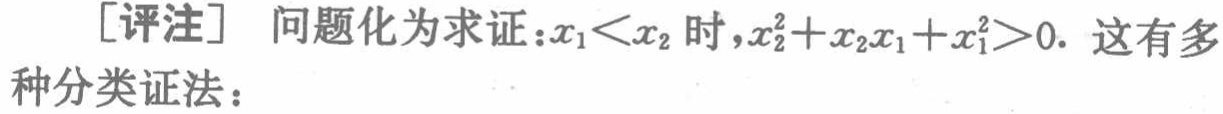
[评注] 问题化为求证：\(x_1<x_2\) 时，\(x_2^2 + x_2x_1 + x_1^2>0\). 这有多种分类证法：